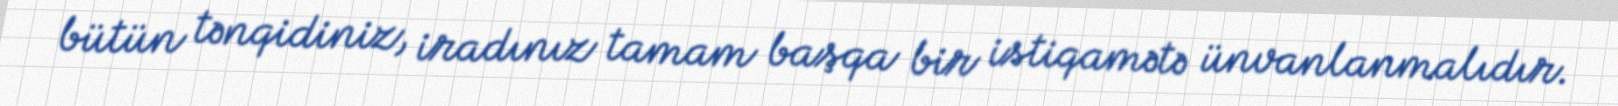
bütün tənqidiniz, iradınız tamam başqa bir istiqamətə ünvanlanmalıdır.